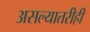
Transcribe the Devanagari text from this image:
असल्यातरीही